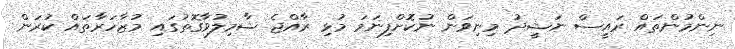
ނިންމުންތައް ރައީސް ނަޝީދު މިނިވަން ނުކޮށްފިނަމަ މުޅި ރާއްޖެ ޝާމިލުވާގޮތުގައި މުޒާހަރާތައް ކުރަން